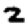
Digit: 2